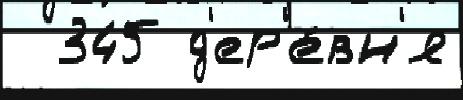
  345 д'ер'е́вн'я